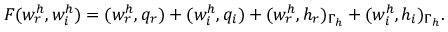
F ( w _ { r } ^ { h } , w _ { i } ^ { h } ) = ( w _ { r } ^ { h } , q _ { r } ) + ( w _ { i } ^ { h } , q _ { i } ) + ( w _ { r } ^ { h } , h _ { r } ) _ { \Gamma _ { h } } + ( w _ { i } ^ { h } , h _ { i } ) _ { \Gamma _ { h } } .